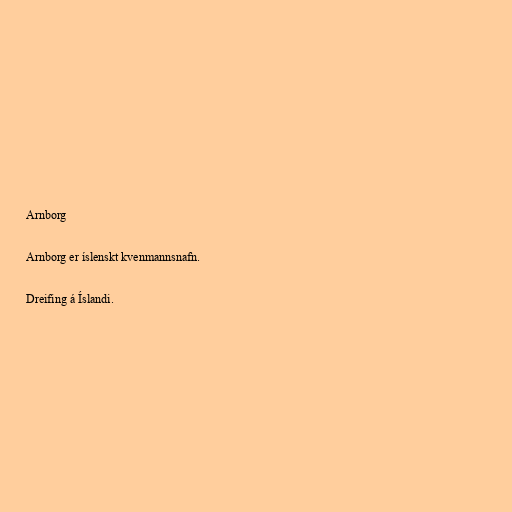
Arnborg

Arnborg er íslenskt kvenmannsnafn.

Dreifing á Íslandi.